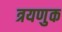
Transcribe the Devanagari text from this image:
त्रयणुक